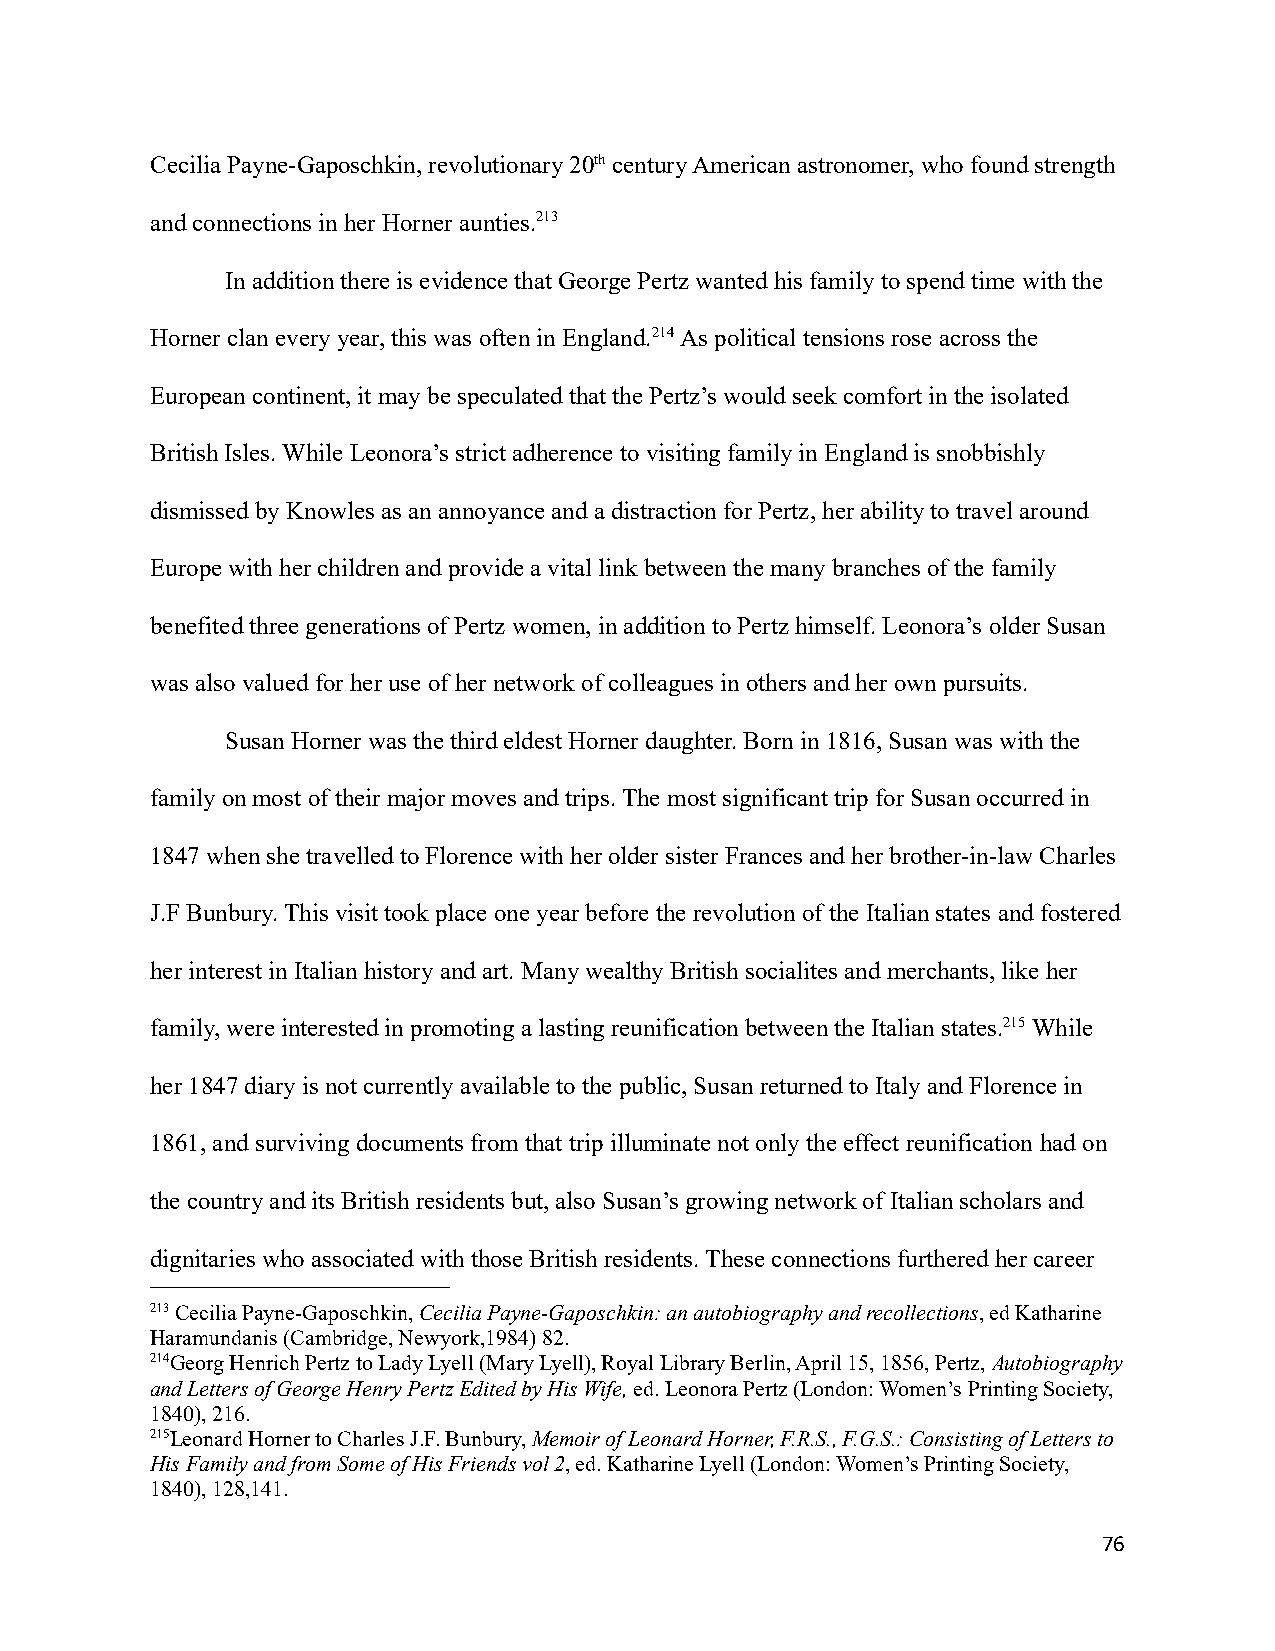
Cecilia Payne-Gaposchkin, revolutionary 20thcentury American astronomer, who found strength
 and connections in her Horner aunties.213
 In addition there is evidence that George Pertz wantedhis family to spend time with the
 Horner clan every year, this was often in England.214As political tensions rose across the
 European continent, it may be speculated that thePertz’s would seek comfort in the isolated
 British Isles. While Leonora’s strict adherence to visiting family in England is snobbishly
 dismissed by Knowles as an annoyance and a distractionfor Pertz, her ability to travel around
 Europe with her children and provide a vital linkbetween the many branches of the family
 benefited three generations of Pertz women, in additionto Pertz himself. Leonora’s older Susan
 was also valued for her use of her network of colleaguesin others and her own pursuits.
 Susan Horner was the third eldest Horner daughter.Born in 1816, Susan was with the
 family on most of their major moves and trips. The most significant trip for Susan occurred in
 1847 when she travelled to Florence with her oldersister Frances and her brother-in-law Charles
 J.F Bunbury. This visit took place one year before the revolution of the Italian states and fostered
 her interest in Italian history and art. Many wealthyBritish socialites and merchants, like her
 family, were interested in promoting a lasting reunificationbetween the Italian states.215While
 her 1847 diary is not currently available to the public,Susan returned to Italy and Florence in
 1861, and surviving documents from that trip illuminatenot only the effect reunification had on
 the country and its British residents but, also Susan’s growing network of Italian scholars and
 dignitaries who associated with those British residents.These connections furthered her career
 213Cecilia Payne-Gaposchkin,Cecilia Payne-Gaposchkin: an autobiography and recollections, ed Katharine
 Haramundanis (Cambridge, Newyork,1984) 82.
 214Georg Henrich Pertz to Lady Lyell (Mary Lyell), RoyalLibrary Berlin, April 15, 1856, Pertz, Autobiography
 and Letters of George Henry Pertz Edited by His Wife,ed. Leonora Pertz (London: Women’s Printing Society,
 1840), 216.
 215Leonard Horner to Charles J.F. Bunbury,Memoir ofLeonard Horner, F.R.S., F.G.S.: Consisting of Lettersto
 His Family and from Some of His Friends vol 2, ed.Katharine Lyell (London: Women’s Printing Society,
 1840), 128,141.
 76